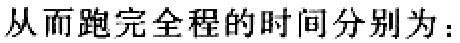
从而跑完全程的时间分别为：